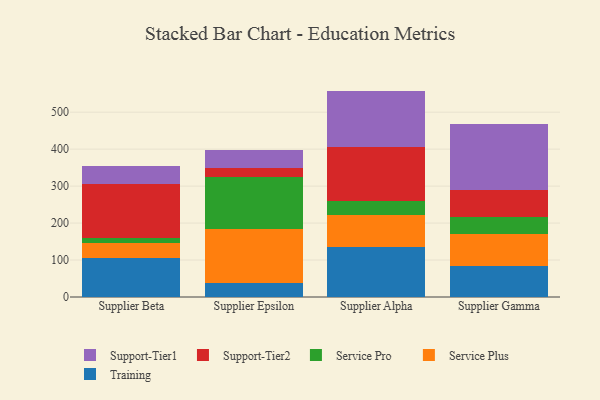
{"axis": {"x": "Supplier", "y": "Latency (ms)"}, "legend": ["Service Plus", "Service Pro", "Support-Tier1", "Support-Tier2", "Training"], "data": [{"x": "Supplier Beta", "y": 104.3, "type": "Training"}, {"x": "Supplier Beta", "y": 41.1, "type": "Service Plus"}, {"x": "Supplier Beta", "y": 15.2, "type": "Service Pro"}, {"x": "Supplier Beta", "y": 145.1, "type": "Support-Tier2"}, {"x": "Supplier Beta", "y": 47.5, "type": "Support-Tier1"}, {"x": "Supplier Epsilon", "y": 38.7, "type": "Training"}, {"x": "Supplier Epsilon", "y": 144.8, "type": "Service Plus"}, {"x": "Supplier Epsilon", "y": 140.1, "type": "Service Pro"}, {"x": "Supplier Epsilon", "y": 24.5, "type": "Support-Tier2"}, {"x": "Supplier Epsilon", "y": 50.6, "type": "Support-Tier1"}, {"x": "Supplier Alpha", "y": 134.3, "type": "Training"}, {"x": "Supplier Alpha", "y": 88.2, "type": "Service Plus"}, {"x": "Supplier Alpha", "y": 37.1, "type": "Service Pro"}, {"x": "Supplier Alpha", "y": 146.8, "type": "Support-Tier2"}, {"x": "Supplier Alpha", "y": 151.3, "type": "Support-Tier1"}, {"x": "Supplier Gamma", "y": 82.9, "type": "Training"}, {"x": "Supplier Gamma", "y": 87.4, "type": "Service Plus"}, {"x": "Supplier Gamma", "y": 45.7, "type": "Service Pro"}, {"x": "Supplier Gamma", "y": 72.8, "type": "Support-Tier2"}, {"x": "Supplier Gamma", "y": 179.0, "type": "Support-Tier1"}]}